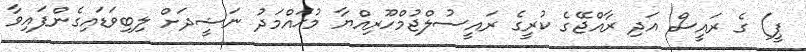
ޕީ) ގެ ރައީސް އަދި ރާއްޖޭގެ ކުރީގެ ރައީސުލްޖުމްހޫރިއްޔާ މުޙައްމަދު ނަޝީދަށް ލިބިވަޑައިގެންފައިވާ